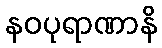
နဝပုရာဏာနိ